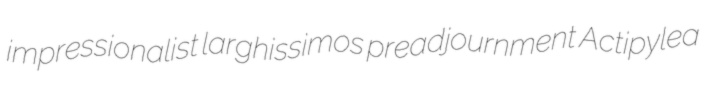
impressionalist larghissimos preadjournment Actipylea